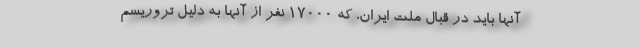
آنها باید در قبال ملت ایران، که ۱۷۰۰۰ نفر از آنها به دلیل تروریسم